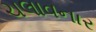
ચલાવનાર